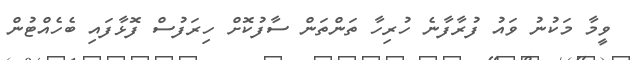
ވީމާ މަކުނު ވައު ފުރާފާނެ ހުރިހާ ތަންތަން ސާފުކޮށް ހިރަފުސް ފޮޅާފައި ބެހެއްޓުން